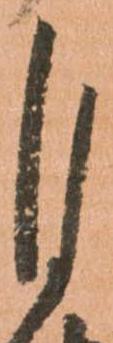
自